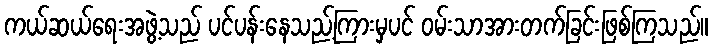
ကယ်ဆယ်ရေးအဖွဲ့သည် ပင်ပန်းနေသည့်ကြားမှပင် ဝမ်းသာအားတက်ခြင်းဖြစ်ကြသည်။